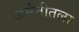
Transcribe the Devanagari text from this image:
जर्मनीतला